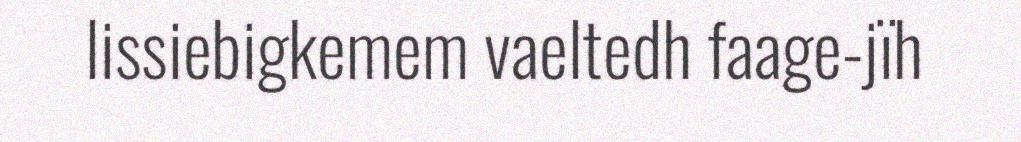
lissiebigkemem vaeltedh faage-jïh